Memorandum on the prevention of leprosy by segregation of the affected
Disease focus: Leprosy
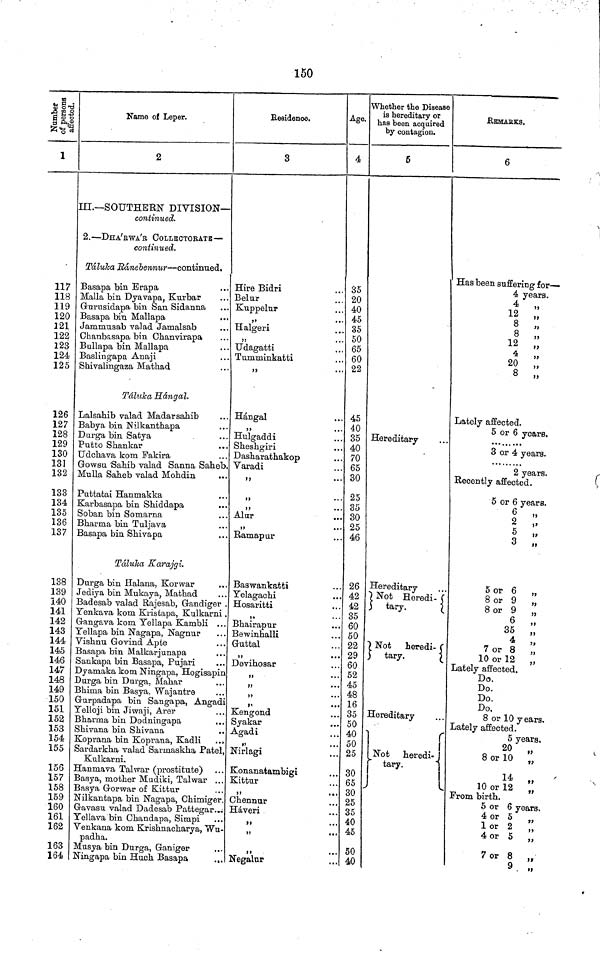
150
Number of persons affected.
1
117
118
119
120
121
122
123
124
125
126
127
128
129
130
13]
132
133
134
135
136
137
138
139
140
141
142
143
144
145
146
147
148
1 A Cl
149
150
151
152
153
154
155
156
t f h?
157
158
159
160
161
162
163
164
Name of Leper.
2
III.—SOUTHERN DIVISION—
continued.
2.—DHA'RWA'R COLLECTORATE—
continued.
Tálulca Bánebennur—continued.
Basapa bin Brapa
Malla bin Dyavapa, Kurbar
Gurusidapa bin San Sidanna
Basapa bin Mallapa
Jammusab valad Jamalsab
Chanbasapa bin Ohanvirapa
Bullapa bin Mallapa
Baslingapa Anaji
Shivalingaza Mathad
Táluka Hángal.
Lalsahib valad Madarsahib
Babya bin Nilkanthapa
Darga bin Satya
Putto Shankar
Udchava kom Fakira
Gowsu Sahib valad Sanna Saheb
Mulla Saheb valad Mohdin
Puttatai Hanmakka
Karbasapa bin Shiddapa
Soban bin Somarna
Bharma bin TuTjava
Basapa bin Shivapa
Táluka Karajgi.
Durga bin Halana, Korwar
Jediya bin Mukaya, Mathad
Badesab valad Rajesab, Gandiger
Yenkava kom Kristapa, Kulkarni
Gangava kom Yellapa Kambli
Tellapa bin Nagapa, Nagnur
Vishnu Govind Apte
Basapa bin Malkarjunapa
Sankapa bin Basapa, Pujari
Dyamaka kom Ningapa, Hogisapin
Durga bin Durga, Mahar
Bruma bin Basya, Wajantre
Gurpadapa bin Sangapa, Angad
Yelloji bin Jiwaji, Arer
Bharma bin Dodningapa
Shivana bin Shivana
Kopi'ana bin Koprana, Kadli
Sardarkha valad Sarmaskha Patel,
Kulkarni.
Hanmava Talwar (prostitute)
Basya, mother Mudiki, Talwar ..
Basya Gorwar of Kittur
Nilkantapa bin Nagapa, Chimiger
Gavasu valad Dadesab Pattegar..
Yellava bin Ohandapa, Simpi ..
Venkana kom Krishnacharya, Wn
padha.
Musya bin Durga, Ganiger
Ningapa bin Huch Basapa .,
Residence.
3
Hire Bidri
Belur
Kuppelur
,,
Halgeri
,,
Udagatti
Tumminkatti
,,
Hángal
,,
Hulgaddi
Sheshgiri
Dasharathakop
Varadi
,,
,,
,,
Alur
,,
Ramapur
Baswankatti
Yelagachi
Hosaritti
,,
Bhairapur
Bewinhalli
Guttal
,,
. Devihosar
,,
,,
. Kengond
. Syakar
. Agadi
•
,,
Nirlagi
. Konanatambigi
Kittur
,,
. Chennur
Háveri
,,
,,
,,
. Negalur
Age.
4
35
20
40
45
35
50
65
60
22
45
40
35
40
70
65
30
25
35
30
25
46
26
42
42
35
60
50
22
. 29
. 60
. 52
. 45
. 48
. 16
. 35
. 50
. 40
. 50
. 25
. 30
. 65
. 30
. 25
. 35
. 40
. 45
. 50
. 40
Whether the Disease
is hereditary or
has been acquired
by contagion.
5
Hereditary
Hereditary
Not Heredi-
tary.
Not heredi-
tary.
Hereditary
Not heredi-
tary.
REMARKS.
6
Has been suffering for—
4 years.
4 ,,
12
8 „
8 „
12 ,,
4 ,,
20
„
8
Lately affected.
5 or 6 years.
3 or 4 years.
2 years.
Recently affected.
5 or 6 years.
6
2
5
,,
,,
3 „
5 or 6 „
8 or 9 „
8 or 9
6 „
35 „
4 „
7 or 8 „
10 or 12
„
Lately affected.
Do.
Do.
Do.
Do,
8 or 10 y ears.
Lately affected.
5 years.
20 „
8 or 10 „
14 „
10 or 12
From birth.
5 or 6 years.
4 or 5
l or 2
4 or 5 „
7 or 8 „